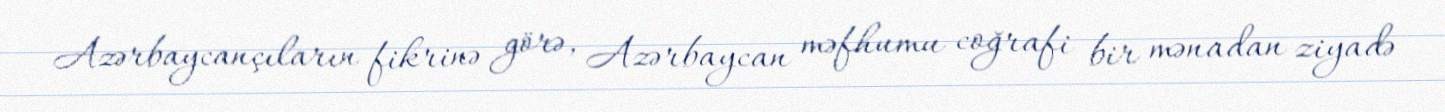
Azərbaycançıların fikrinə görə, Azərbaycan məfhumu coğrafi bir mənadan ziyadə